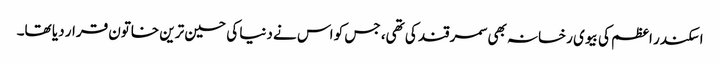
اسکندر اعظم کی بیوی رخسانہ بھی سمرقند کی تھی، جس کو اس نے دنیا کی حسین ترین خاتون قرار دیا تھا۔